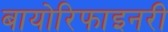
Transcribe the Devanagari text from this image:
बायोरिफाइनरी